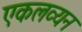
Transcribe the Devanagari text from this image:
एकलव्यन